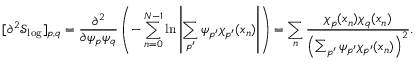
[ \partial ^ { 2 } \mathcal { S } _ { \mathrm { l o g } } ] _ { p , q } = \frac { \partial ^ { 2 } } { \partial \psi _ { p } \psi _ { q } } \left( - \sum _ { n = 0 } ^ { N - 1 } \ln \left| \sum _ { p ^ { \prime } } \psi _ { p ^ { \prime } } \chi _ { p ^ { \prime } } ( x _ { n } ) \right| \right) = \sum _ { n } \frac { \chi _ { p } ( x _ { n } ) \chi _ { q } ( x _ { n } ) } { \left( \sum _ { p ^ { \prime } } \psi _ { p ^ { \prime } } \chi _ { p ^ { \prime } } ( x _ { n } ) \right) ^ { 2 } } . \quad